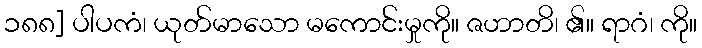
၁၈၈] ပါပကံ၊ ယုတ်မာသော မကောင်းမှုကို။ ဇဟာတိ၊ ၏။ ရာဂံ၊ ကို။